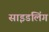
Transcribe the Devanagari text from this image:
साइडलिंग